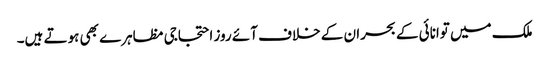
ملک میں توانائی کے بحران کے خلاف آئے روز احتجاجی مظاہرے بھی ہوتے ہیں۔